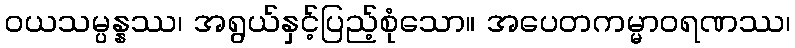
ဝယသမ္ပန္နဿ၊ အရွယ်နှင့်ပြည့်စုံသော။ အပေတကမ္မာဝရဏဿ၊